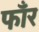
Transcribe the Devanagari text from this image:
फाँर